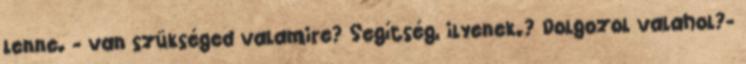
lenne. - van szükséged valamire? Segítség, ilyenek.? Dolgozol valahol?-